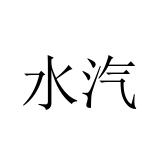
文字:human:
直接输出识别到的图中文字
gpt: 水汽